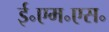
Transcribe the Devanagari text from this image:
ई॰एम॰एस॰